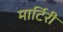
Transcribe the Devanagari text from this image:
मार्टिरी